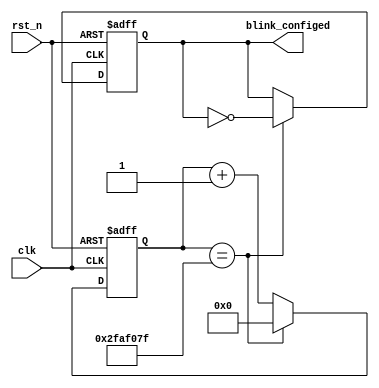
//////////////////////////////////////////////////////////////////////////////////////
// Tyler Anderson Mon Mar 30 09:28:56 EDT 2015
// config_ind.v
//
// "config_ind" 
// "FPGA Configuration indicator"  
//  A custom Verilog HDL module. 
//   
//  Output that cycles ~1Hz (e.g., for LED indicator). 
//
//////////////////////////////////////////////////////////////////////////////////////
`timescale 1ns / 1ns

module config_ind #(parameter P_CLK_FREQ_HZ = 100000000)
   (
    input      clk, // system clk
    input      rst_n, // system reset, active low
    output reg blink_configed // blinks once per second to show FPGA is configured
    );

   // Figure out how long 0.5 seconds is
   localparam N_CYC_HALF_SEC = 5 * P_CLK_FREQ_HZ / 10;
   // localparam N_CYC_HALF_SEC = 5 * P_CLK_FREQ_HZ / 100000;
      
   // ceiling(log2()), used to figure out counter size.   
   function integer clogb2;
      input integer value;
      for(clogb2=0;value>0;clogb2=clogb2+1)
	value = value >> 1;
   endfunction // for

   localparam NBITS = clogb2(N_CYC_HALF_SEC-1);    
   
   // Counter keeps track of where we are
   reg [NBITS-1:0] count;	    
   always @(posedge clk or negedge rst_n)
     if(!rst_n)                          count <= {NBITS{1'b0}};
     else if (count == N_CYC_HALF_SEC-1) count <= {NBITS{1'b0}};
     else                                count <= count + 1'b1;
   
   // Latch enable
   always @(posedge clk or negedge rst_n)
     if(!rst_n) blink_configed <= 1'b0;
     else if( count == N_CYC_HALF_SEC-1 ) blink_configed <= !blink_configed;
      		
endmodule